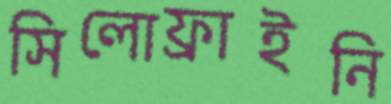
সিলোফ্রাইনি